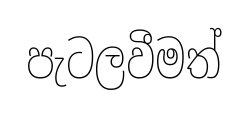
පැටලවීමත්